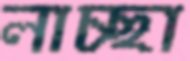
লাচ্ছা